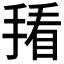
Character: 𪮒